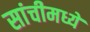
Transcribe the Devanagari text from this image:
सांचीमध्ये